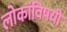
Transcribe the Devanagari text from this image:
लोकांविषयी